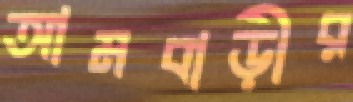
আমবাড়ীর